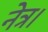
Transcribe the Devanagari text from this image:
नेत्र।